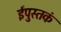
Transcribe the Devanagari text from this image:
ईपुस्तकं